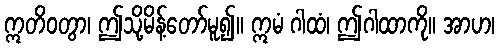
ဣတိဝတွာ၊ ဤသို့မိန့်တော်မူ၍။ ဣမံ ဂါထံ၊ ဤဂါထာကို။ အာဟ၊